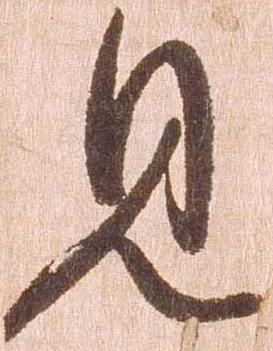
見